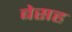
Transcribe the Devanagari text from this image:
बेसह